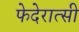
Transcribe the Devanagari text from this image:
फेदेरात्सी